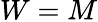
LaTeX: W=M